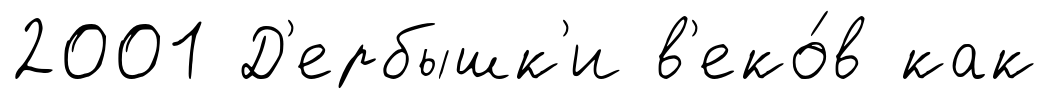
2001 Д'ербышк'и в'еко́в как